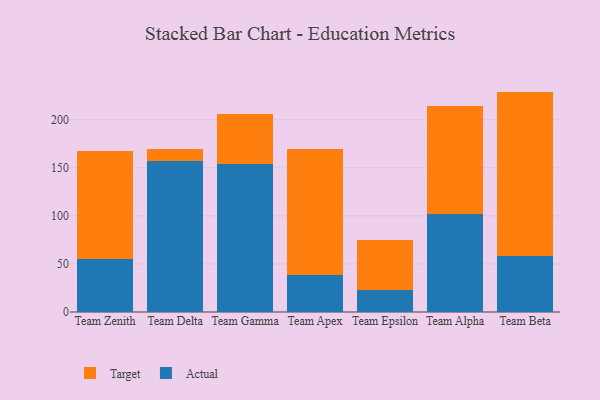
{"axis": {"x": "Team", "y": "Gross Profit (USD K)"}, "legend": ["Actual", "Target"], "data": [{"x": "Team Zenith", "y": 55.2, "type": "Actual"}, {"x": "Team Zenith", "y": 112.0, "type": "Target"}, {"x": "Team Delta", "y": 157.6, "type": "Actual"}, {"x": "Team Delta", "y": 12.0, "type": "Target"}, {"x": "Team Gamma", "y": 154.5, "type": "Actual"}, {"x": "Team Gamma", "y": 51.4, "type": "Target"}, {"x": "Team Apex", "y": 38.8, "type": "Actual"}, {"x": "Team Apex", "y": 130.8, "type": "Target"}, {"x": "Team Epsilon", "y": 23.3, "type": "Actual"}, {"x": "Team Epsilon", "y": 52.0, "type": "Target"}, {"x": "Team Alpha", "y": 101.9, "type": "Actual"}, {"x": "Team Alpha", "y": 112.2, "type": "Target"}, {"x": "Team Beta", "y": 57.8, "type": "Actual"}, {"x": "Team Beta", "y": 171.5, "type": "Target"}]}